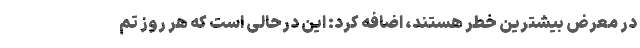
در معرض بیشترین خطر هستند، اضافه کرد: این درحالی است که هر روز تم